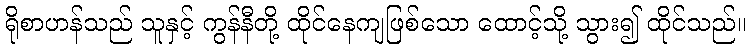
ရိုစာဟန်သည် သူနှင့် ကွန်နီတို့ ထိုင်နေကျဖြစ်သော ထောင့်သို့ သွား၍ ထိုင်သည်။